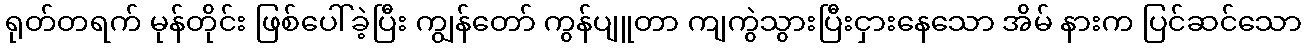
ရုတ်တရက် မုန်တိုင်း ဖြစ်ပေါ်ခဲ့ပြီး ကျွန်တော် ကွန်ပျူတာ ကျကွဲသွားပြီးငှားနေသော အိမ် နားက ပြင်ဆင်သော